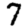
Digit: 7